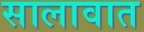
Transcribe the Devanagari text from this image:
सालावात